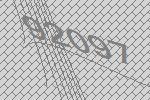
92097